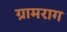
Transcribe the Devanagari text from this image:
ग्रामराग